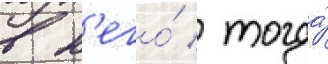
в н'его́ / тогда́